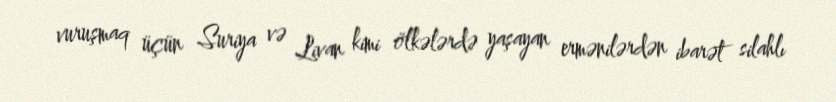
vuruşmaq üçün Suriya və Livan kimi ölkələrdə yaşayan ermənilərdən ibarət silahlı